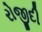
રોજીદી